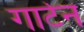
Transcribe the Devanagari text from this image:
गार्टेन